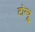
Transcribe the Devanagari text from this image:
टोन्यू